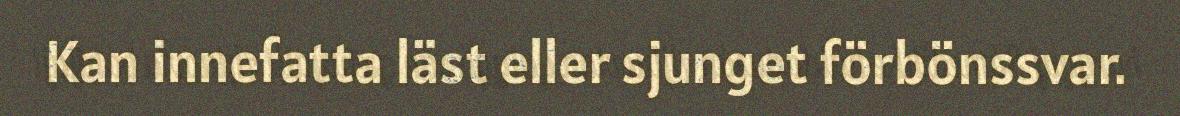
Kan innefatta läst eller sjunget förbönssvar.